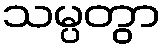
သမ္ပတွာ